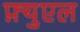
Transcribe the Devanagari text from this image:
फ़्युएल